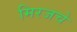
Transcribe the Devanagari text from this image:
मिरजचे